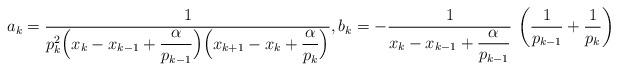
LaTeX: \begin{align*}a_k = \frac{1}{p_k^2\Big(x_k-x_{k-1}+\displaystyle\frac{\alpha}{p_{k-1}}\Big)\Big(x_{k+1}-x_k+\displaystyle\frac{\alpha}{p_k}\Big)},b_k =-\frac{1}{x_k-x_{k-1}+\displaystyle\frac{\alpha}{p_{k-1}}}\,\left(\frac{1}{p_{k-1}}+\frac{1}{p_k}\right)\end{align*}